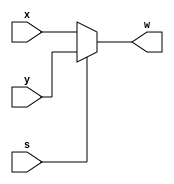
module Multiplexer2(
 input [31:0] x, y,
 input s,
 output reg [31:0] w);
 
 always @(s) begin
	
	if(s == 0) begin
		w <= x;
	end else begin 
		w <= y;
	end
end 

endmodule